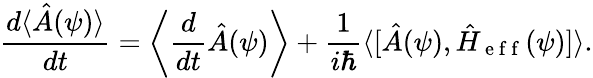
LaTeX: \frac{d\langle\hat{A}(\psi)\rangle}{dt}=\left\langle\frac{d}{dt}\hat{A}(\psi)\right\rangle+\frac{1}{i\hbar}\langle\lbrack\hat{A}(\psi),\hat{H}_{\mathrm{~e~f~f~}}(\psi)]\rangle.